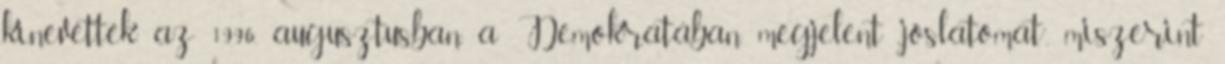
kine­vet­ték az 1996. augusztusban, a Demokra­tá­ban meg­jelent „jós­latomat”, miszerint